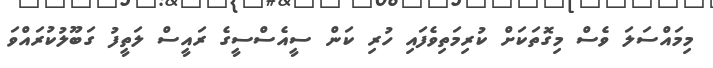
މިމައްސަލަ ވެސް މިގޮތަކަށް ކުރިމަތިވެފައި ހުރި ކަން ސީއެސްސީގެ ރައީސް ލަތީފު ގަބޫލުކުރައްވަ